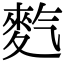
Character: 𪌇